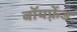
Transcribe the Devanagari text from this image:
बॉयफ़्रेंड